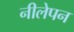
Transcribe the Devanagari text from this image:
नीलेपन